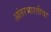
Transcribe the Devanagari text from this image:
आंतरभारतीचा